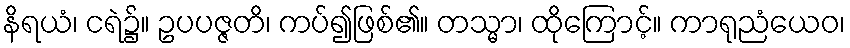
နိရယံ၊ ငရဲ၌။ ဥပပဇ္ဇတိ၊ ကပ်၍ဖြစ်၏။ တသ္မာ၊ ထိုကြောင့်။ ကာရုညံယေဝ၊